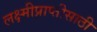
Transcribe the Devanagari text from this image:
लक्ष्मीप्राप्तीसाठी